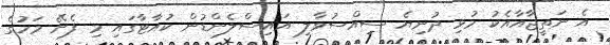
އެ ނަތީޖާއާއެކު މުޅި ދުނިޔެ ސިއްސުވާލި އައިސްލެންޑުން ކުއާޓާގައި މި ފެށޭ މަހުގެ